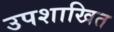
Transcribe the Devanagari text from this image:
उपशाखित